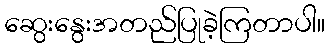
ဆွေးနွေးအတည်ပြုခဲ့ကြတာပါ။